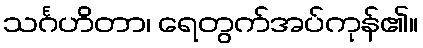
သင်္ဂဟိတာ၊ ရေတွက်အပ်ကုန်၏။